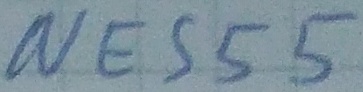
Text: NE555